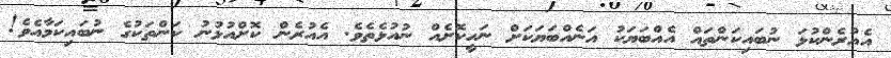
އެއުރެންކުޅަ ނުބައިކަންތައް އެއްބަޔަކު އަނެއްބަޔަކަށް ނަހީކޮށެއް ނުއުޅެތެވެ. އެއުރެން ކޮށްއުޅުނު ކަންތަކުގެ ނުބައިކަމާއެވެ!